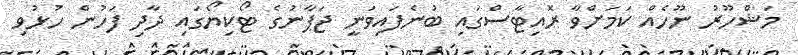
މަޝްހޫރު ނޫހެއް ކަމަށްވާ ރޮއިޓާސްގައި ބުނެފައިވަނީ ޖަޕާނުގެ ޓޯކިޔޯގައި ދާދި ފަހުން ހުޅުވި